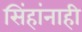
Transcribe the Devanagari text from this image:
सिंहांनाही